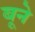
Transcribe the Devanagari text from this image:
बूने